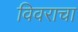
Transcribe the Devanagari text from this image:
विवराचा